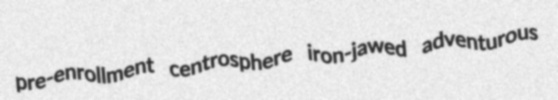
pre-enrollment centrosphere iron-jawed adventurous